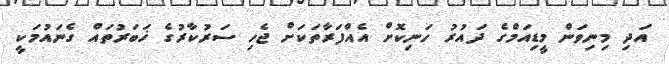
އަދި މިނިވަން މީޑިއަމްގެ ދައުރު ހަނިކޮށް އެއްފަރާތަކަށް ޖެހި ސަރުކާރުގެ ޚަބަރުތައް ގެނައުމަކީ